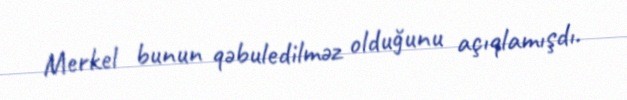
Merkel bunun qəbuledilməz olduğunu açıqlamışdı.